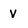
Character: V